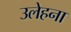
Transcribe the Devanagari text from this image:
उलेहना